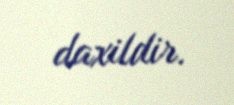
daxildir.